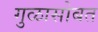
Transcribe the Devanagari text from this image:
गुळासोबत